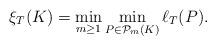
LaTeX: \begin{align*}\xi_T(K) = \min_{m\ge 1} \min_{P\in \mathcal P_m(K)} \ell_T(P).\end{align*}